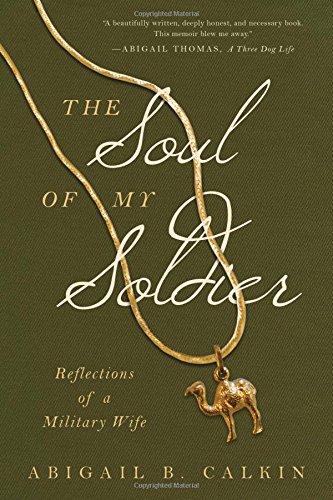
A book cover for The Soul of My Soldier: Reflections of a Military Wife; Abigail B. Calkin; Parenting & Relationships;